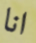
انا